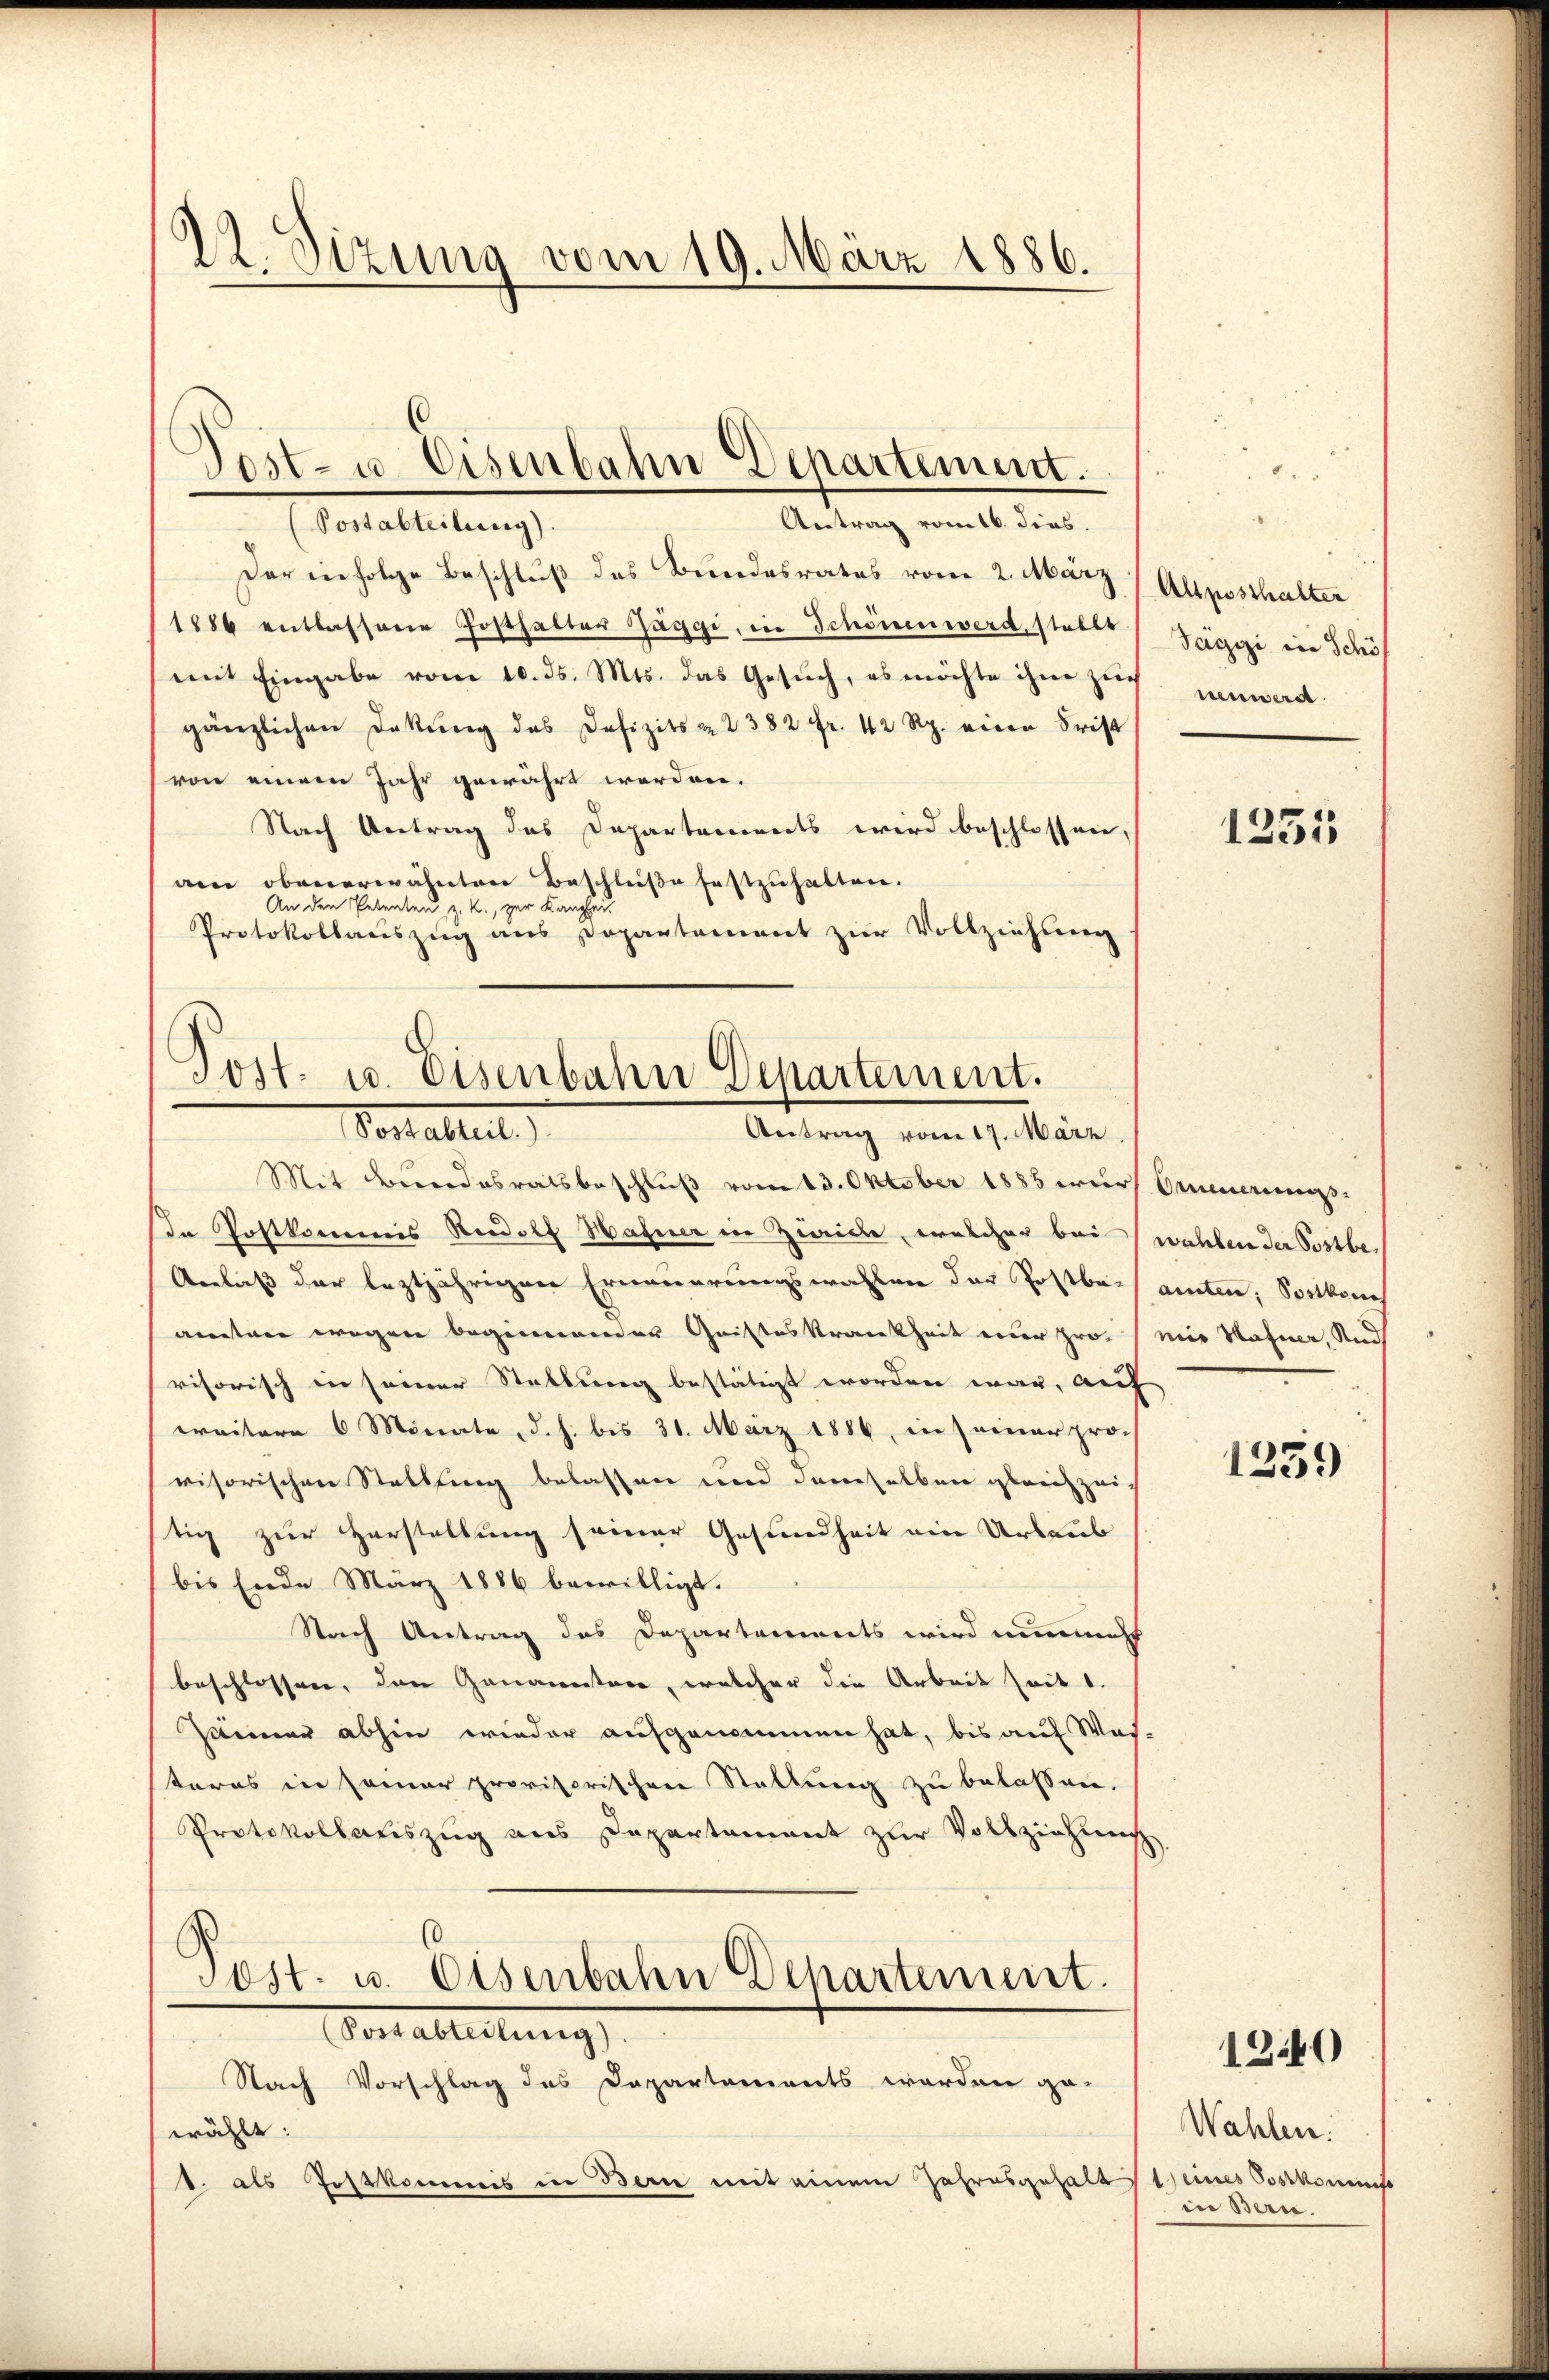
22. Sizung vom 19. März 1886.

Antrag vom 16. dies.
(Postabteilung).
Der infolge Beschluß des Bundesrates vom 2. März (Alposthalter
1886 entlassene Fosthalter Zäggi, in Schönen werd, stellt
mit Eingabe vom 10. ds. Mts. das Gesŭch, es möchte ihre Zeich nenward.
gänzlichen Dekŭng des Defizits & 2382 fr. 42 Rp. einen Frist
von einem Jahr gewährt werden.
Nach Antrag des Departements wird beschlossen,
am obenerwähnten Beschlüße festzuhalten.
An den Petenten z. R., zur Kanzlei
Protokollauszug aus Departement zur Vollziehung

Post- u. Eisenbahn Departement.

Post- u. Eisenbahn Departement.
Postattet,
Antrag vom 17. März.

Mit Bundesratsbeschluß vom 13. Oktober 1885 wurf Erneuerungs-
n Postkommis Rudolf Hafner in Zwicke, welcher bei (wahlen der Postbe¬
Anlaß der leztjährigen Erneuerungswahlen der Postbeisamten, Postkons
amten wegen beginnender Geistes Krankheit einer pro mir Hafner, und
visorisch in seiner Stellung bestätigt worden war, auf
weitere 6 Monate, d. h. bis 31. März 1886, in seiner provisorischen Stattung belassen und demselben gleichzeitig zur Zerstellung seiner Gesundheit ein Urlaub
bis Ende März 1886 bewilligt.
Stach Antrag des Departements wird nunmehl
beschlossen, den Genannten, welcher die Arbeit seit 1.
Zeiner abhin wieder aufgenommen hat, bis auf Was-
steres in seiner provisorischen Stellung zu belassen.
Protokollauszug aus Departement zur Vollziehung
Post. u. Eisenbahn Departement.
Vorableitung,
Nach Vorschlag des Departements werden ge-
wählt:
1. als Postkommis in Bern mit einem Jahresgehaltsteines Postkommiss

Täggi in Schöf

1235

1259

Wahlen.
in Bern.

1240